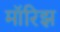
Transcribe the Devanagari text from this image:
मॉरिझ